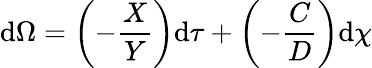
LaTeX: \mathrm{d}\Omega=\left(-\frac{X}{Y}\right)\mathrm{d}{\tau}+\left(-\frac{C}{D}\right)\mathrm{d}{\chi}